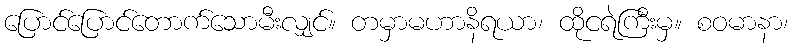
ပြောင်ပြောင်တောက်သောမီးလျှင်။ တမှာမဟာနိရယာ၊ ထိုငရဲကြီးမှ။ စဝမာနာ၊